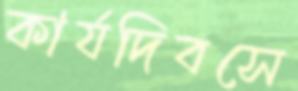
কার্যদিবসে